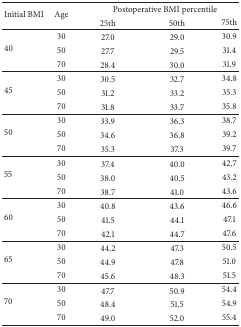
| <ROWSPAN=2> Initial BMI | <ROWSPAN=2> Age | <COLSPAN=3> Postoperative BMI percentile |
 | 25th | 50th | 75th |
 | --- | --- | --- | --- | --- |
 | <ROWSPAN=3> 40 | 30 | 27.0 | 29.0 | 30.9 |
 | 50 | 27.7 | 29.5 | 31.4 |
 | 70 | 28.4 | 30.0 | 31.9 |
 | <ROWSPAN=3> 45 | 30 | 30.5 | 32.7 | 34.8 |
 | 50 | 31.2 | 33.2 | 35.3 |
 | 70 | 31.8 | 33.7 | 35.8 |
 | <ROWSPAN=3> 50 | 30 | 33.9 | 36.3 | 38.7 |
 | 50 | 34.6 | 36.8 | 39.2 |
 | 70 | 35.3 | 37.3 | 39.7 |
 | <ROWSPAN=3> 55 | 30 | 37.4 | 40.0 | 42.7 |
 | 50 | 38.0 | 40.5 | 43.2 |
 | 70 | 38.7 | 41.0 | 43.6 |
 | <ROWSPAN=3> 60 | 30 | 40.8 | 43.6 | 46.6 |
 | 50 | 41.5 | 44.1 | 47.1 |
 | 70 | 42.1 | 44.7 | 47.6 |
 | <ROWSPAN=3> 65 | 30 | 44.2 | 47.3 | 50.5 |
 | 50 | 44.9 | 47.8 | 51.0 |
 | 70 | 45.6 | 48.3 | 51.5 |
 | <ROWSPAN=3> 70 | 30 | 47.7 | 50.9 | 54.4 |
 | 50 | 48.4 | 51.5 | 54.9 |
 | 70 | 49.0 | 52.0 | 55.4 |